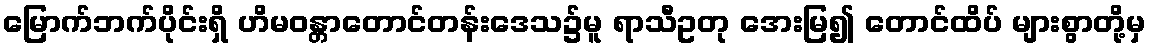
မြောက်ဘက်ပိုင်းရှိ ဟိမဝန္တာတောင်တန်းဒေသ၌မူ ရာသီဥတု အေးမြ၍ တောင်ထိပ် များစွာတို့မှ